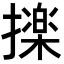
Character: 𭢫